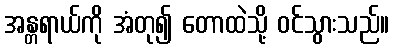
အန္တရာယ်ကို အံတု၍ တောထဲသို့ ဝင်သွားသည်။